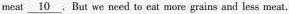
meat \underline{10}. But we need to eat more grains and less meat.